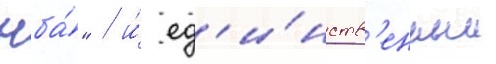
нба́" / и́ ед'и́нств'енным